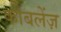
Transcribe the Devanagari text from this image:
कोबलेंज़